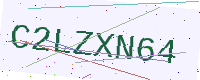
Text: C2LZXN64